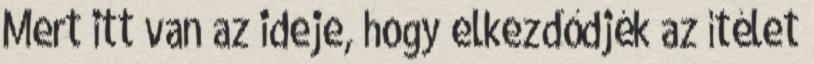
Mert itt van az ideje, hogy elkezdődjék az ítélet